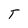
Character: T